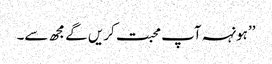
’’ہونہہ آپ محبت کریں گے مجھ سے۔